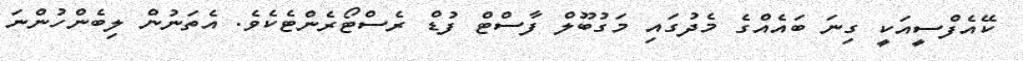
ކޭއެފްސީއަކީ ގިނަ ބައެއްގެ މެދުގައި މަގުބޫލް ފާސްޓް ފުޑް ރެސްޓޯރެންޓެކެވެ. އެތަނުން ލިބެންހުންނަ